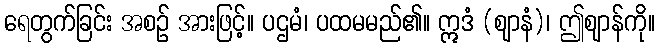
ရေတွက်ခြင်း အစဉ် အားဖြင့်။ ပဌမံ၊ ပထမမည်၏။ ဣဒံ (ဈာနံ)၊ ဤဈာန်ကို။